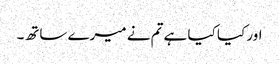
اور کیا کیا ہے تم نے میرے ساتھ۔